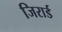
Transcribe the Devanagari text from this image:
जिरार्ड